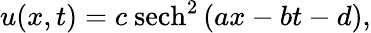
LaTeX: \begin{array}{r}{u(x,t)=c\ \mathrm{sech}^{2}\left(ax-bt-d\right),}\end{array}